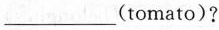
___(tomato)?